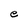
Character: e